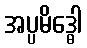
အပ္ပမိဒ္ဓေါ